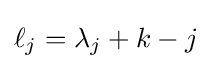
\ell _{j}=\lambda _{j}+k-j